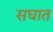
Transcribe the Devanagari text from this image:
सघात